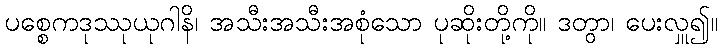
ပစ္စေကဒုဿုယုဂါနိ၊ အသီးအသီးအစုံသော ပုဆိုးတို့ကို။ ဒတွာ၊ ပေးလှူ၍။